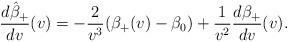
LaTeX: \begin{align*} \frac{d\hat{\beta}_+}{dv}(v)=-\frac{2}{v^3}(\beta_+(v)-\beta_0)+\frac{1}{v^2}\frac{d\beta_+}{dv}(v).\end{align*}